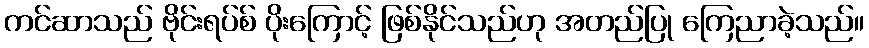
ကင်ဆာသည် ဗိုင်းရပ်စ် ပိုးကြောင့် ဖြစ်နိုင်သည်ဟု အတည်ပြု ကြေညာခဲ့သည်။